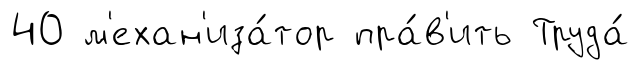
40 м'ехан'иза́тор пра́в'ить Труда́